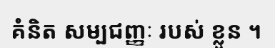
គំនិត សម្បជញ្ញៈ របស់ ខ្លួន ។